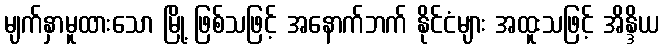
မျက်နှာမူထားသော မြို့ ဖြစ်သဖြင့် အနောက်ဘက် နိုင်ငံများ အထူးသဖြင့် အိန္ဒိယ